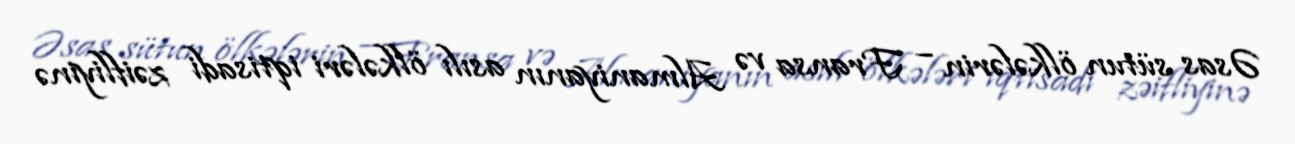
Əsas sütun ölkələrin – Fransa və Almaniyanın asılı ölkələri iqtisadi zəifliyinə